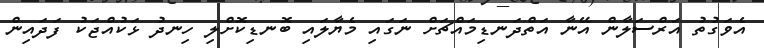
އެވަގުތު އަރްސަލާން އޭނާ އަތްދަނޑިމައްޗަށް ނަގައި މެޔާލައި ބޮނޑިކޮށްލި ހިނދު ޅަކުއްޖަކު ފަދައިން